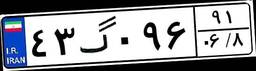
۴۳گ۰۹۶۹۱